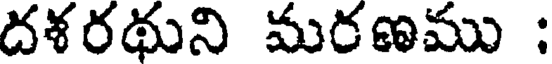
దళరథుని మరణము :